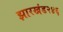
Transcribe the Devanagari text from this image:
झारखंड२४६